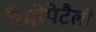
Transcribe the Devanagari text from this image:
गैमोपेटैली